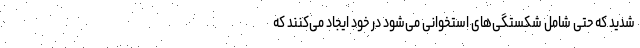
شدید که حتی شامل شکستگی‌های استخوانی می‌شود در خود ایجاد می‌کنند که